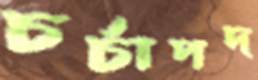
চর্চাপদ